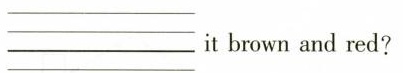
___it brown and red?